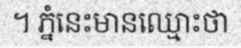
។ ភ្នំនេះមានឈ្មោះថា